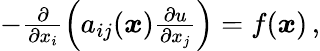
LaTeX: \begin{array}{r}{-\frac{\partial}{\partial x_{i}}\left(a_{ij}(\boldsymbol x)\frac{\partial u}{\partial x_{j}}\right)=f(\boldsymbol x)\, ,}\end{array}